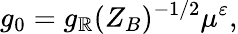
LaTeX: g_{0}=g_{\mathbb{R}}(Z_{B})^{-1/2}\mu^{\varepsilon},